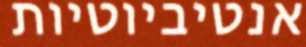
אנטיביוטיות